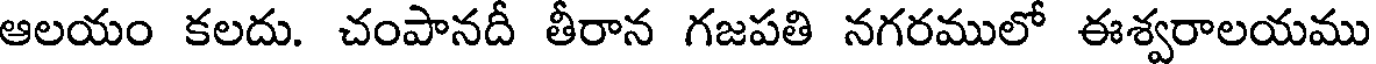
ఆలయం కలదు. చంపానదీ తీరాన గజపతి నగరములో ఈశ్వరాలయము